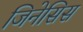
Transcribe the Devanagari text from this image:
जिनेसिस